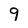
Character: 9